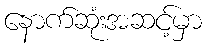
နောက်ဆုံးအဆင့်မှာ